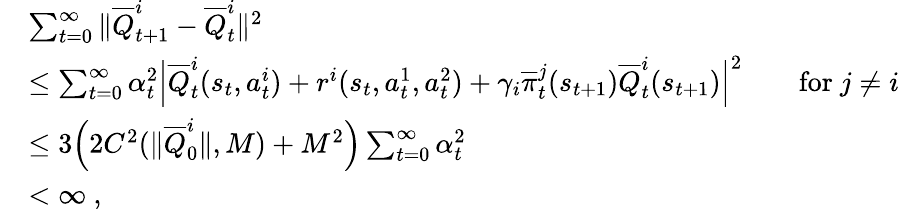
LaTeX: \begin{array}{rl}&{\sum_{t=0}^{\infty}\| \overline{{Q}}_{t+1}^{i}-\overline{{Q}}_{t}^{i}\| ^{2}}\\ &{\leq\sum_{t=0}^{\infty}\alpha_{t}^{2}\Big|\overline{{Q}}_{t}^{i}(s_{t},a_{t}^{i})+r^{i}(s_{t},a_{t}^{1},a_{t}^{2})+\gamma_{i}\overline{{\pi}}_{t}^{j}(s_{t+1})\overline{{Q}}_{t}^{i}(s_{t+1})\Big|^{2}\qquad\mathrm{for~}j\neq i}\\ &{\leq 3\Big(2C^{2}(\| \overline{{Q}}_{0}^{i}\| ,M)+M^{2}\Big)\sum_{t=0}^{\infty}\alpha_{t}^{2}}\\ &{<\infty\ ,}\end{array}